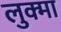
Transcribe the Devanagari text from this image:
लुक्मा